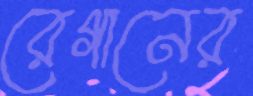
রেগানের